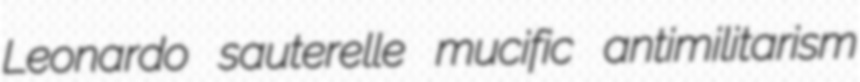
Leonardo sauterelle mucific antimilitarism